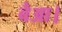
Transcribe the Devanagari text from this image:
बैआ।